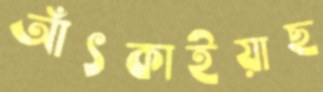
আঁৎকাইয়াছ